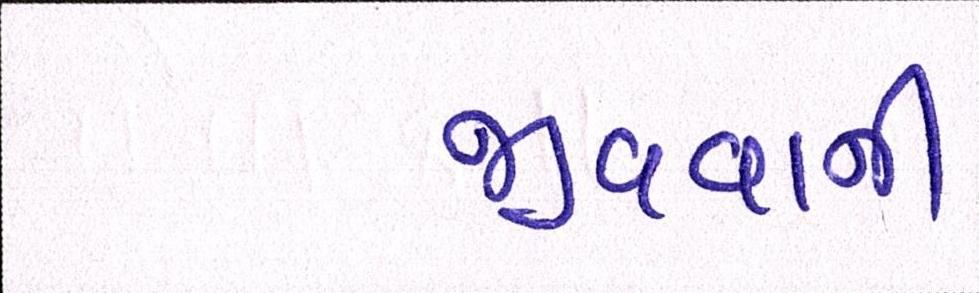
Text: જીવવાની